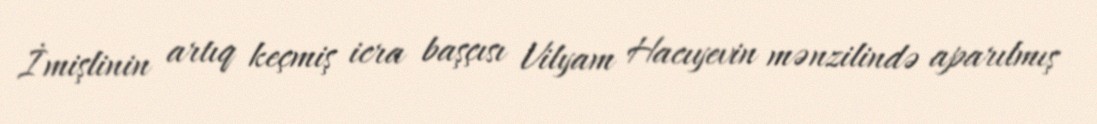
İmişlinin artıq keçmiş icra başçısı Vilyam Hacıyevin mənzilində aparılmış